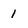
Character: l